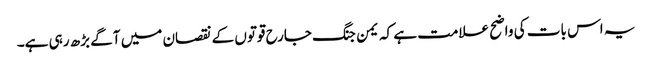
یہ اس بات کی واضح علامت ہے کہ یمن جنگ جارح قوتوں کے نقصان میں آگے بڑھ رہی ہے۔